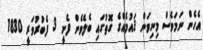
އެހެން ނަމަވެސް މިނިވަން ޤައުމެއްގެ ގޮތުގައި ބެލެވެން ފެށީ 3 ފެބުރުވަރީ 1830